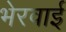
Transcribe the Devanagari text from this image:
भेरवाई